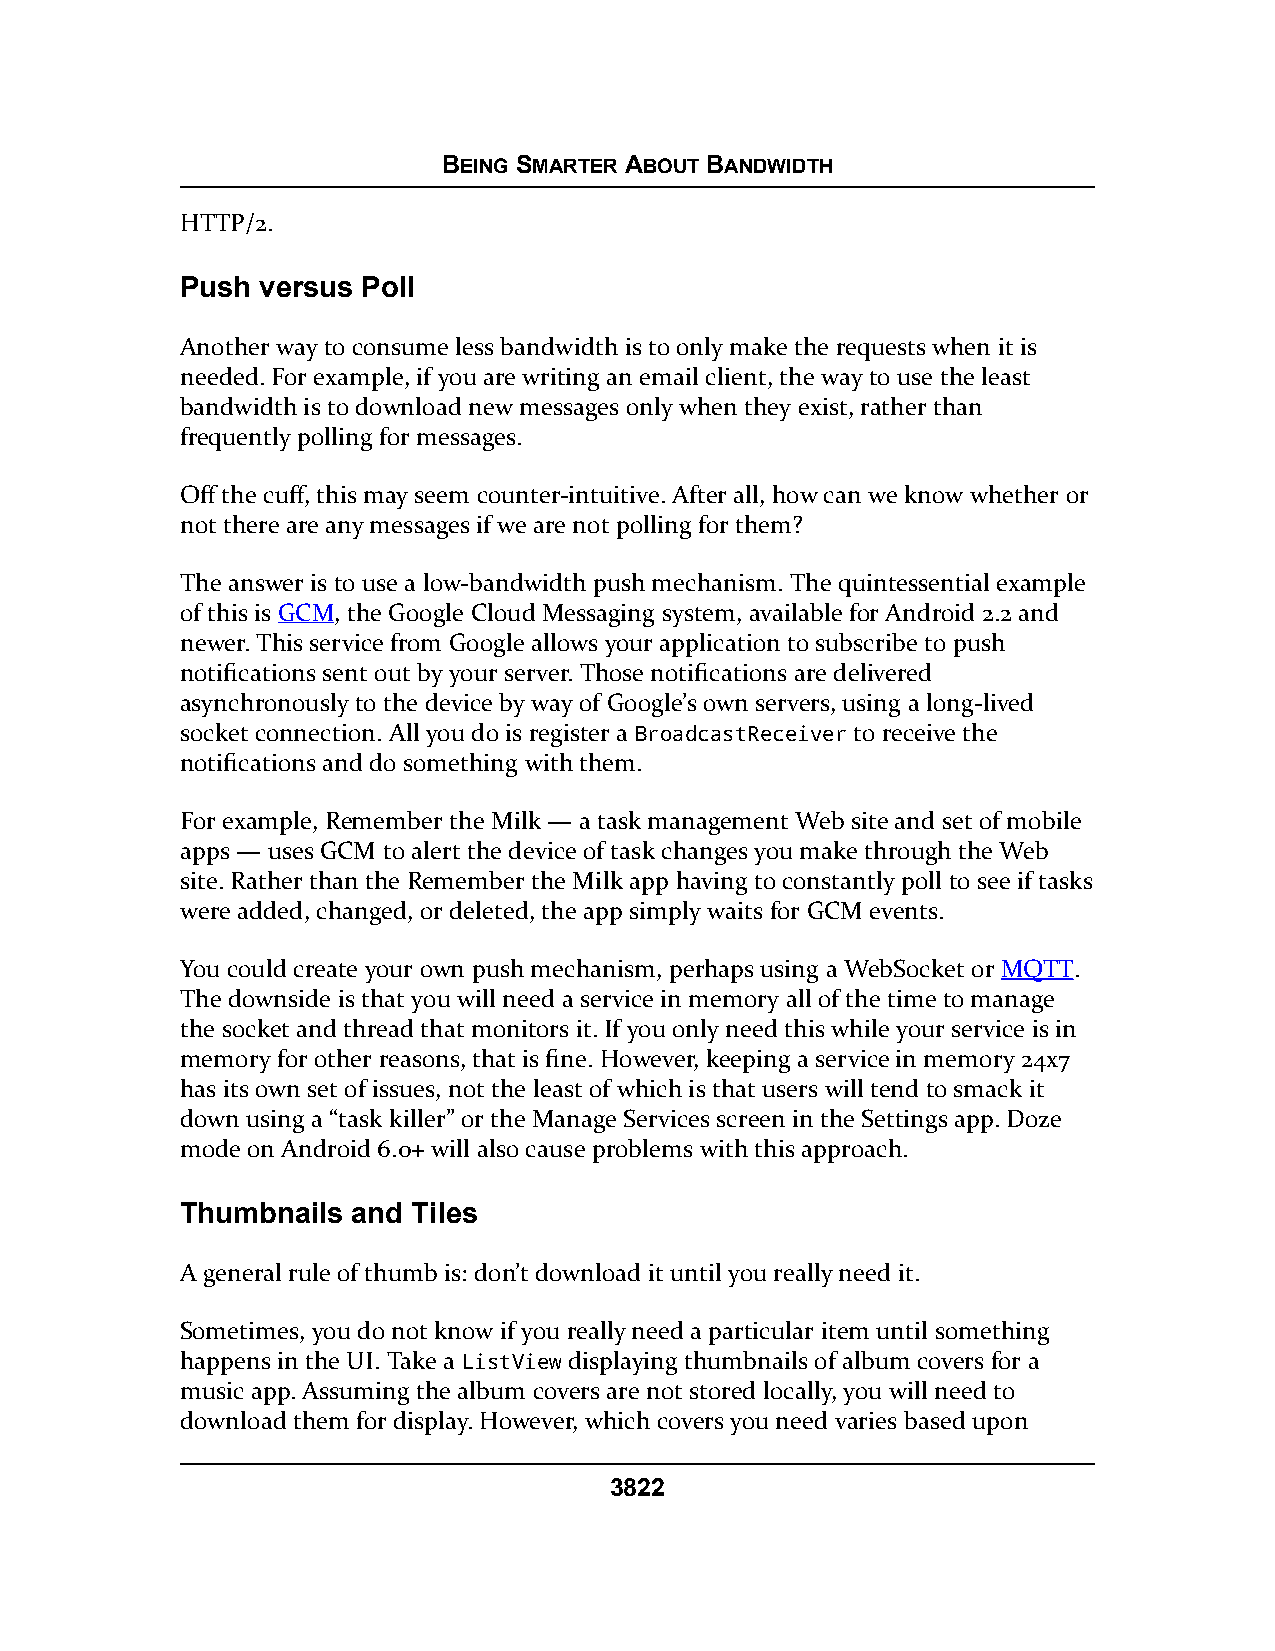
BEING SMARTER ABOUT BANDWIDTH
 HTTP/2.
 Push versus Poll
 Another way to consume less bandwidth is to only make the requests when it is
 needed. For example, if you are writing an email client, the way to use the least
 bandwidth is to download new messages only when they exist, rather than
 frequently polling for messages.
 Off the cuff, this may seem counter-intuitive. After all, how can we know whether or
 not there are any messages if we are not polling for them?
 The answer is to use a low-bandwidth push mechanism. The quintessential example
 of this is GCM, the Google Cloud Messaging system, available for Android 2.2 and
 newer. This service from Google allows your application to subscribe to push
 notifications sent out by your server. Those notifications are delivered
 asynchronously to the device by way of Google’s own servers, using a long-lived
 socket connection. All you do is register a BroadcastReceiver to receive the
 notifications and do something with them.
 For example, Remember the Milk — a task management Web site and set of mobile
 apps — uses GCM to alert the device of task changes you make through the Web
 site. Rather than the Remember the Milk app having to constantly poll to see if tasks
 were added, changed, or deleted, the app simply waits for GCM events.
 You could create your own push mechanism, perhaps using a WebSocket or MQTT.
 The downside is that you will need a service in memory all of the time to manage
 the socket and thread that monitors it. If you only need this while your service is in
 memory for other reasons, that is fine. However, keeping a service in memory 24x7
 has its own set of issues, not the least of which is that users will tend to smack it
 down using a “task killer” or the Manage Services screen in the Settings app. Doze
 mode on Android 6.0+ will also cause problems with this approach.
 Thumbnails and Tiles
 A general rule of thumb is: don’t download it until you really need it.
 Sometimes, you do not know if you really need a particular item until something
 happens in the UI. Take a ListView displaying thumbnails of album covers for a
 music app. Assuming the album covers are not stored locally, you will need to
 download them for display. However, which covers you need varies based upon
 3822